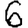
Digit: 6